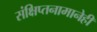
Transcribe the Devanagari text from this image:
संक्षिप्तनामानेही